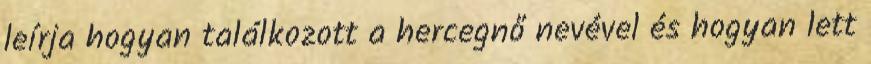
leírja hogyan találkozott a hercegnő nevével és hogyan lett